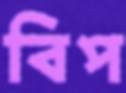
বিপ